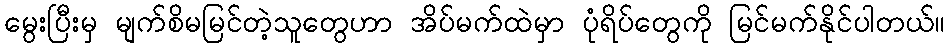
မွေးပြီးမှ မျက်စိမမြင်တဲ့သူတွေဟာ အိပ်မက်ထဲမှာ ပုံရိပ်တွေကို မြင်မက်နိုင်ပါတယ်။